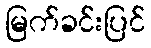
မြက်ခင်းပြင်